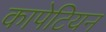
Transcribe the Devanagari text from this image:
कापेटियन